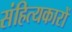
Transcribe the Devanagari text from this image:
संहित्यकारों